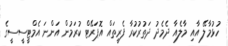
ހުޅުމާލޭ އާއި މާލެއާ ދެމެދު ދަތުރުކުރާ ފެރީތައް އޮޕަރޭޓް ކުރަމުން އަންނަ އެމްޓީސީސީގެ